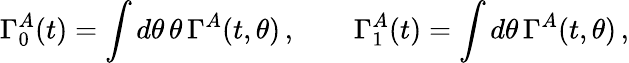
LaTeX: \Gamma_{0}^{A}(t)=\int d\theta\, \theta\, \Gamma^{A}(t,\theta)\, ,\qquad\Gamma_{1}^{A}(t)=\int d\theta\, \Gamma^{A}(t,\theta)\, ,